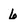
Character: 6